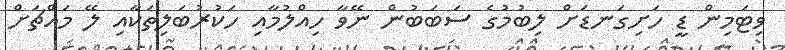
ވިޓަމިން ޑީ ހަށިގަނޑަށް ލިބުމުގެ ސަބަބުން ނޭވާ ހިއްލުމާއި ހަކުރުބަލިތަކާއި ލޭ މައްޗަށް